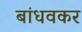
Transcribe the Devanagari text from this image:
बांधवकर